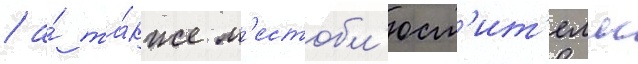
/ а́ та́кже м'естобл'юст'ит'елм